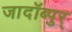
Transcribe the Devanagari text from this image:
जादॉब्पुर्